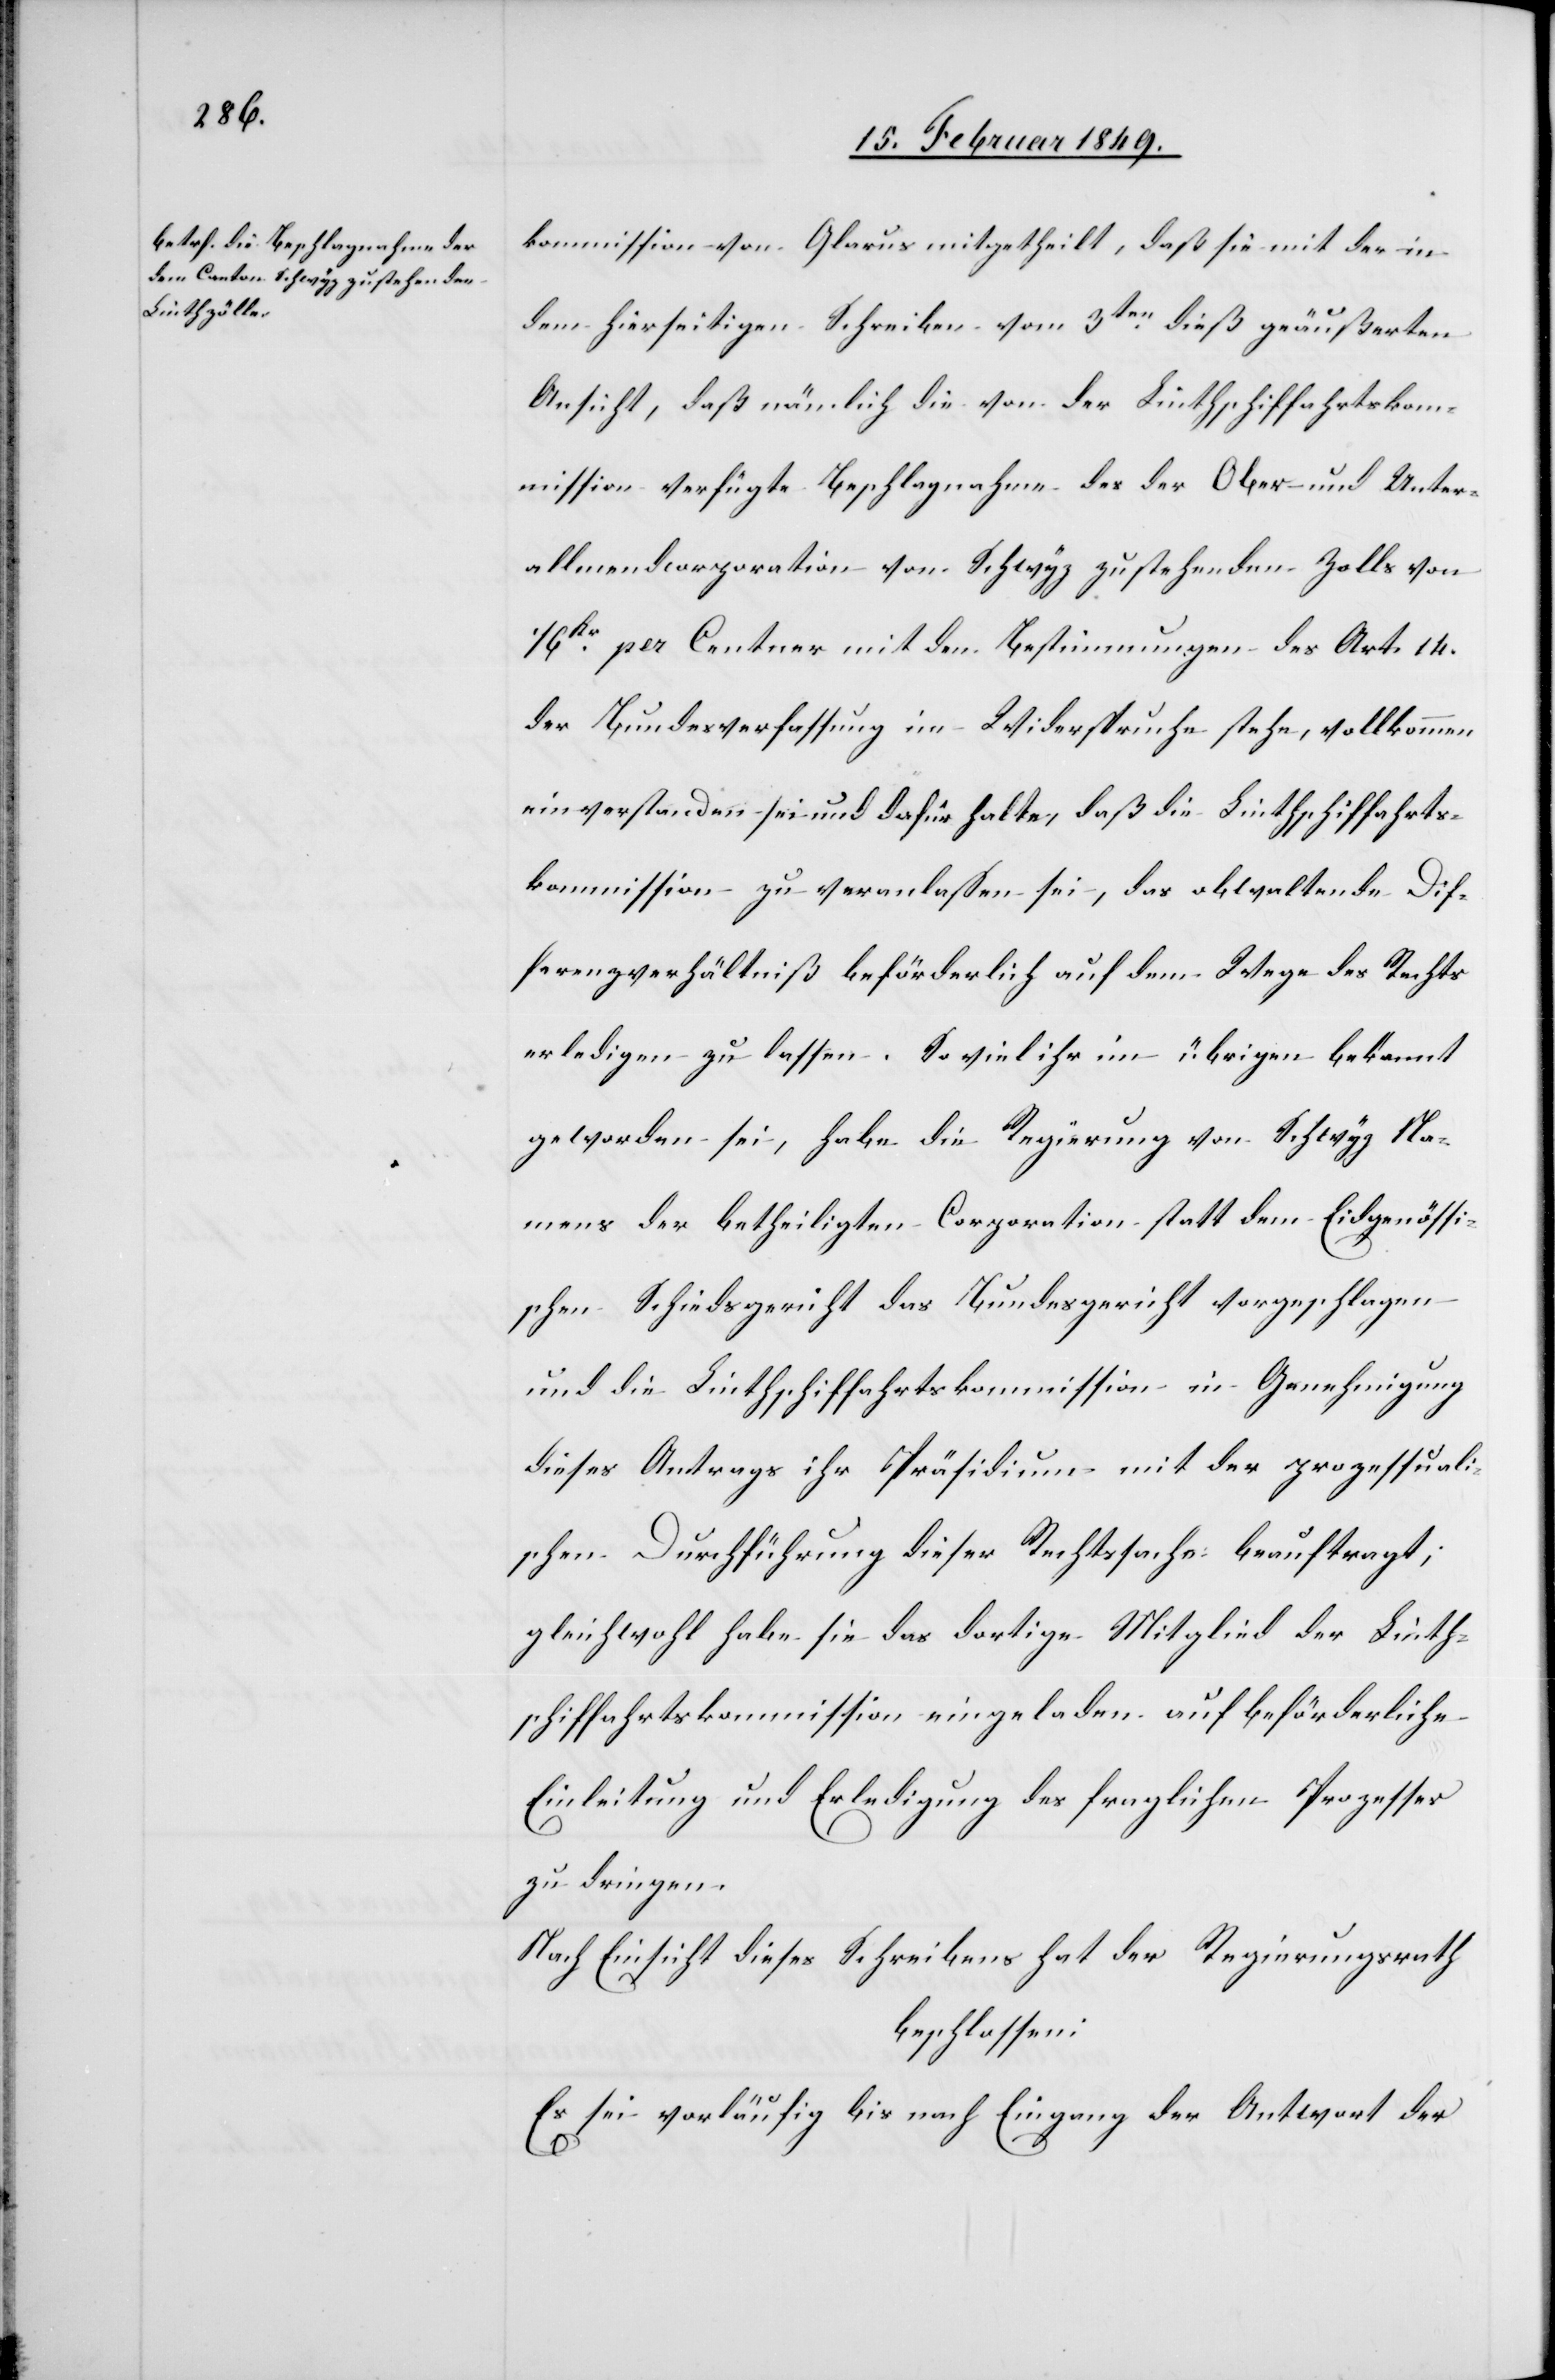
kommission von Glarus mitgetheilt, daß sie mit der in
Dif¬
dem hierseitigen Schreiben vom 3ten. dieß geäußerten
Ansicht, daß nämlich die von der Linthschiffahrtskom¬
mission verfügte Beschlagnahme des der Ober- und Unter¬
allmendcorporation von Schwyz zustehenden Zolls von
kr. per Centner mit den Bestimmungen des Art. 14.
der Bundesverfassung im Widerspruche stehe, vollkommen
ferenzverhältniß beförderlich auf dem Wege des Rechts
erledigen zu lassen. So viel ihr im übrigen bekannt
geworden sei, habe die Regierung von Schwyz Na¬
mens der betheiligten Corporation statt dem Eidgenössi¬
schen Schiedsgericht das Bundesgericht vorgeschlagen
und die Linthschiffahrtskommission in Genehmigung
dieses Antrags ihr Präsidium mit der prozessuali¬
schen Durchführung dieser Rechtssache beauftragt;
gleichwohl habe sie das dortige Mitglied der Linth¬
schiffahrtskommission eingeladen auf beförderliche
Einleitung und Erledigung des fraglichen Prozesses
zu dringen.
Nach Einsicht dieses Schreibens hat der Regierungsrath
beschlossen:
Es sei vorläufig bis nach Eingang der Antwort der